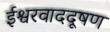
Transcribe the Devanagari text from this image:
ईश्वरवाददूषण